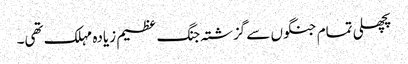
پچھلی تمام جنگوں سے گزشتہ جنگ عظیم زیادہ مہلک تھی۔